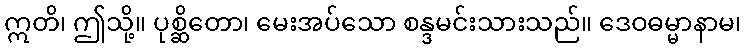
ဣတိ၊ ဤသို့။ ပုစ္ဆိတော၊ မေးအပ်သော စန္ဒမင်းသားသည်။ ဒေဝဓမ္မာနာမ၊